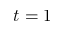
t = 1